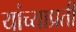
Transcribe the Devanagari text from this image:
यांच्याप्रती